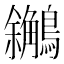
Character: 𪇝